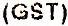
(GST)